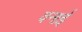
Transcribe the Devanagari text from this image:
वनाई